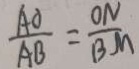
\frac { A O } { A B } = \frac { O N } { B M }